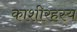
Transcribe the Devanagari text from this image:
काशीरहस्य